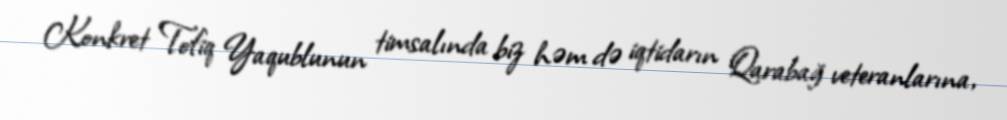
Konkret Tofiq Yaqublunun timsalında biz həm də iqtidarın Qarabağ veteranlarına,